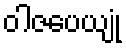
ဝါဇပေယျုံ